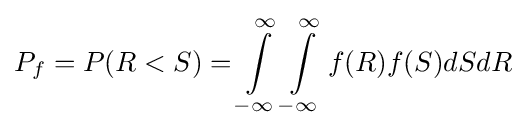
P_{f}=P(R<S)=\int \limits _{-\infty }^{\infty }\int \limits _{-\infty }^{\infty }f(R)f(S)dSdR